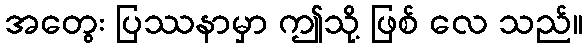
အတွေး ပြဿနာမှာ ဤသို့ ဖြစ် လေ သည်။